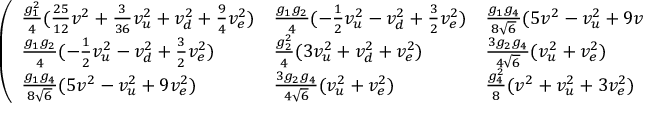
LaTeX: \left( \begin{array} { l l l } { { { \frac { g _ { 1 } ^ { 2 } } { 4 } } ( { \frac { 2 5 } { 1 2 } } v ^ { 2 } + { \frac { 3 } { 3 6 } } v _ { u } ^ { 2 } + v _ { d } ^ { 2 } + { \frac { 9 } { 4 } } v _ { e } ^ { 2 } ) } } & { { { \frac { g _ { 1 } g _ { 2 } } { 4 } } ( - { \frac { 1 } { 2 } } v _ { u } ^ { 2 } - v _ { d } ^ { 2 } + { \frac { 3 } { 2 } } v _ { e } ^ { 2 } ) } } & { { { \frac { g _ { 1 } g _ { 4 } } { 8 \sqrt { 6 } } } ( 5 v ^ { 2 } - v _ { u } ^ { 2 } + 9 v _ { e } ^ { 2 } ) } } \\ { { { \frac { g _ { 1 } g _ { 2 } } { 4 } } ( - { \frac { 1 } { 2 } } v _ { u } ^ { 2 } - v _ { d } ^ { 2 } + { \frac { 3 } { 2 } } v _ { e } ^ { 2 } ) } } & { { { \frac { g _ { 2 } ^ { 2 } } { 4 } } ( 3 v _ { u } ^ { 2 } + v _ { d } ^ { 2 } + v _ { e } ^ { 2 } ) } } & { { { \frac { 3 g _ { 2 } g _ { 4 } } { 4 \sqrt { 6 } } } ( v _ { u } ^ { 2 } + v _ { e } ^ { 2 } ) } } \\ { { { \frac { g _ { 1 } g _ { 4 } } { 8 \sqrt { 6 } } } ( 5 v ^ { 2 } - v _ { u } ^ { 2 } + 9 v _ { e } ^ { 2 } ) } } & { { { \frac { 3 g _ { 2 } g _ { 4 } } { 4 \sqrt { 6 } } } ( v _ { u } ^ { 2 } + v _ { e } ^ { 2 } ) } } & { { { \frac { g _ { 4 } ^ { 2 } } { 8 } } ( v ^ { 2 } + v _ { u } ^ { 2 } + 3 v _ { e } ^ { 2 } ) } } \end{array} \right)